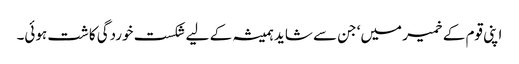
اپنی قوم کے خمیر میں‘ جن سے شاید ہمیشہ کے لیے شکست خوردگی کاشت ہوئی۔